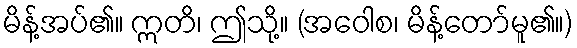
မိန့်အပ်၏။ ဣတိ၊ ဤသို့။ (အဝေါစ၊ မိန့်တော်မူ၏။)